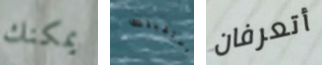
يمكنك مستقبلك أتعرفان